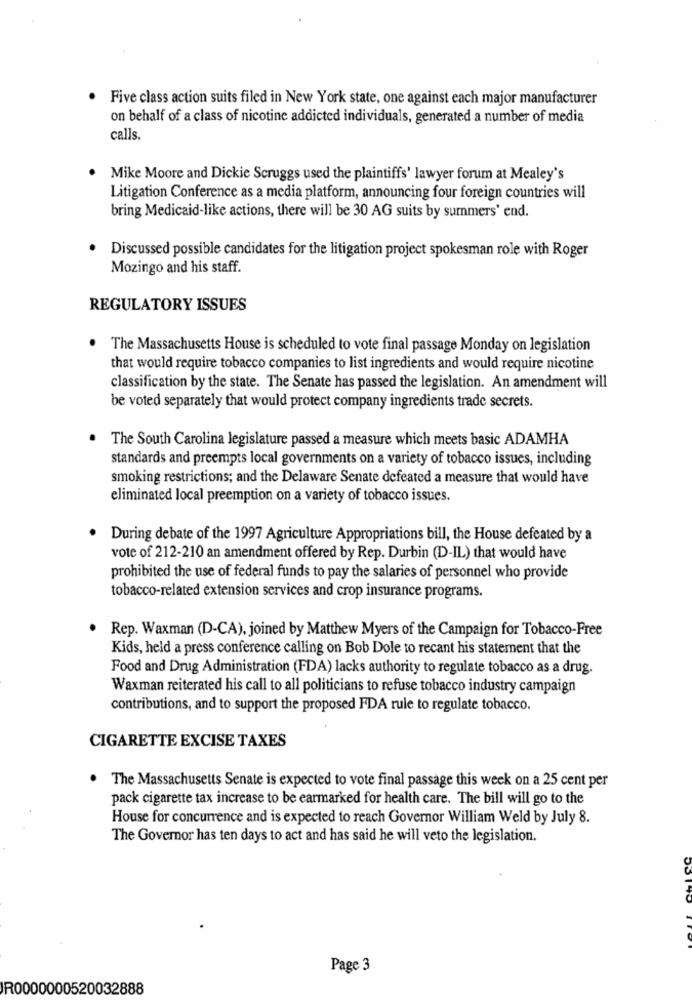
Five class action suits filed in New York state, one against each major manufacturer
on behalf of a class of nicotine addicted individuals, generated a number of media
calls.
Mike Moore and Dickie Scruggs used the plaintiffs' lawyer forum at Mealey's
Litigation Conference as a media platform, announcing four foreign countries will
bring Medicaid-like actions, there will be 30 AG suits by summers' end.
Discussed possible candidates for the litigation project spokesman role with Roger
Mozingo and his staff.
REGULATORY ISSUES
The Massachusetts House is scheduled to vote final passage Monday on legislation
that would require tobacco companies to list ingredients and would require nicotine
classification by the state. The Senate has passed the legislation. An amendment will
be voted separately that would protect company ingredients trade secrets.
The South Carolina legislature passed a measure which meets basic ADAMHA
standards and preempts local governments on a variety of tobacco issues, including
smoking restrictions; and the Delaware Senate defeated a measure that would have
eliminated local preemption on a variety of tobacco issues.
During debate of the 1997 Agriculture Appropriations bill, the House defeated by a
vote of 212-210 an amendment offered by Rep. Durbin (D-IL) that would have
prohibited the use of federal funds to pay the salaries of personnel who provide
tobacco-related extension services and crop insurance programs.
Rep. Waxman (D-CA), joined by Matthew Myers of the Campaign for Tobacco-Free
Kids, held a press conference calling on Bob Dole to recant his statement that the
Food and Drug Administration (FDA) lacks authority to regulate tobacco as a drug.
Waxman reiterated his call to all politicians to refuse tobacco industry campaign
contributions, and to support the proposed FDA rule to regulate tobacco.
CIGARETTE EXCISE TAXES
. The Massachusetts Senate is expected to vote final passage this week on a 25 cent per
pack cigarette tax increase to be earmarked for health care. The bill will go to the
House for concurrence and is expected to reach Governor William Weld by July 8.
The Governor has ten days to act and has said he will veto the legislation.
Page 3
R0000000520032888